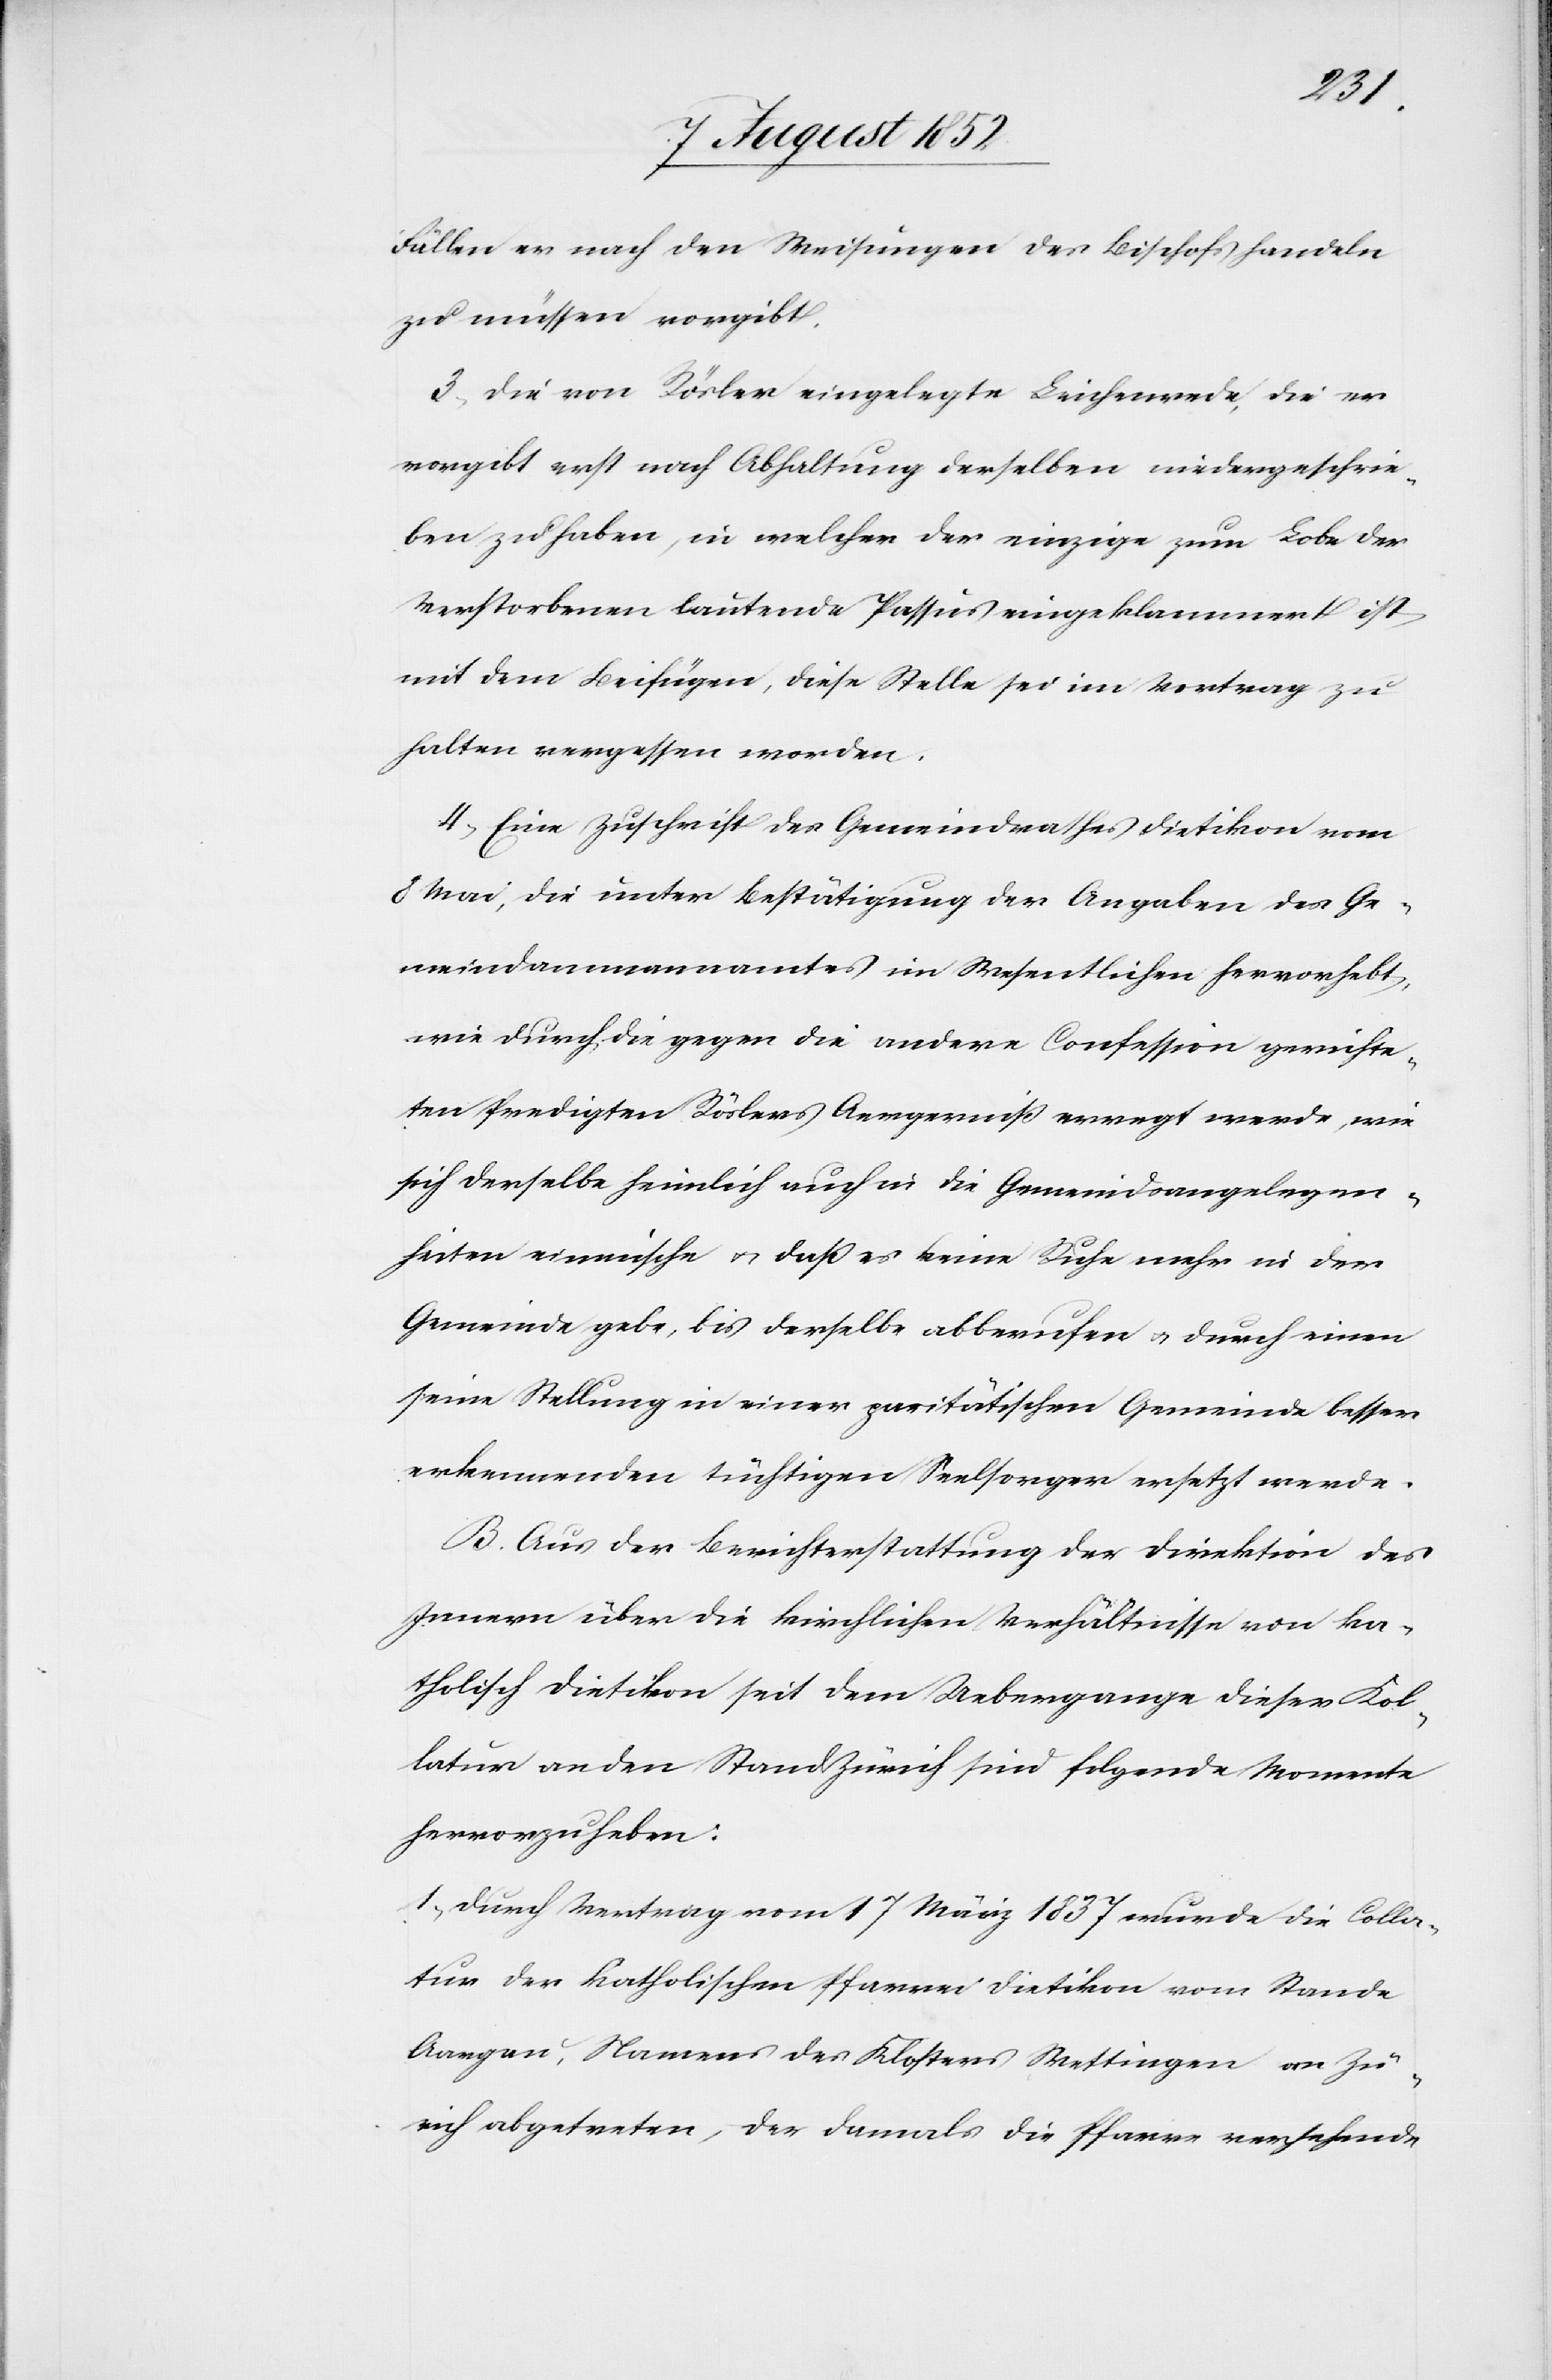
Fällen er nach den Weisungen des Bischofs handeln
zu müssen vorgibt.
3, Die von Rösler eingelegte Leichenrede, die er
vorgibt erst nach Abhaltung derselben niedergeschrie¬
ben zu haben, in welcher der einzige zum Lobe der
Verstorbenen lautende Passus eingeklammert ist
mit dem Beifügen, diese Stelle sei im Vortrag zu
halten vergessen worden.
4, Eine Zuschrift des Gemeindrathes Dietikon vom
8 Mai, die unter Bestätigung der Angaben des Ge¬
meindammannamtes im Wesentlichen hervorhebt,
wie durch die gegen die andere Confession gerichte¬
ten Predigten Röslers Aergerniß erregt werde, wie
sich derselbe heimlich auch in die Gemeindsangelegen¬
heiten einmische & daß es keine Ruhe mehr in der
Gemeinde gebe, bis derselbe abberufen & durch einen
seine Stellung in einer paritätischen Gemeinde besser
erkennenden tüchtigen Seelsorger ersetzt werde.
B. Aus der Berichterstattung der Direktion des
Innern über die kirchlichen Verhältnisse von ka¬
tholisch Dietikon seit dem Uebergange dieser Kol¬
latur an den Stand Zürich sind folgende Momente
hervorzuheben:
1, Durch Vertrag vom 17 März 1837 wurde die Colla¬
tur der katholischen Pfarrei Dietikon vom Stande
Aargau, Namens des Klosters Wettingen an Zü¬
rich abgetreten, der damals die Pfarre versehende